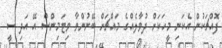
ފޮއްޗަކުން އެކަނި މީހަކަށް ދުވާލެއްގެ މައްޗަށް ބޭނުންވާ ވިޓަމިންސް އޭ އަދި ސީ